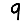
Digit: 9